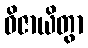
ဝိဇာယိတွာ